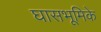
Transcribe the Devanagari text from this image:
घासभूमिके